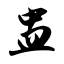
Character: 盅